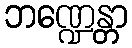
ဘဏ္ဍေန္တာ